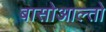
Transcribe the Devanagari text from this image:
बासोआल्तो